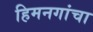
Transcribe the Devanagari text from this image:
हिमनगांचा